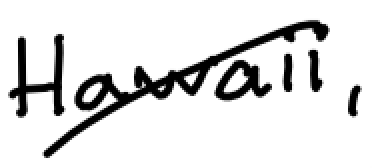
Text: Hawaii,
Cross-out: diagonal
Writing tool: digital_black